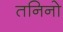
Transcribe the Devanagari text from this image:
तनिनो